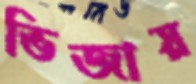
ভিজায়